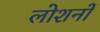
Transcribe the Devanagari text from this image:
लोशनों